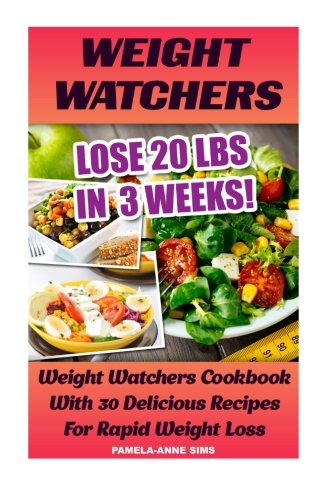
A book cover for Weight Watchers: Lose 20 Lbs In  3 Weeks! Weight Watchers Cookbook With 30 Delicious Recipes For Rapid Weight Loss: Weight Watchers Simple Start, Diet ... Diet Plan With No Calorie Counting); Pamela Anne Sims; Health, Fitness & Dieting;